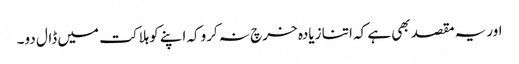
اوریہ مقصد بھی ہے کہ اتنا زیادہ خرچ نہ کروکہ اپنے کوہلاکت میں ڈال دو۔